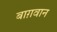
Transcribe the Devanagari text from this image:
बाग़वान